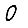
Digit: 0